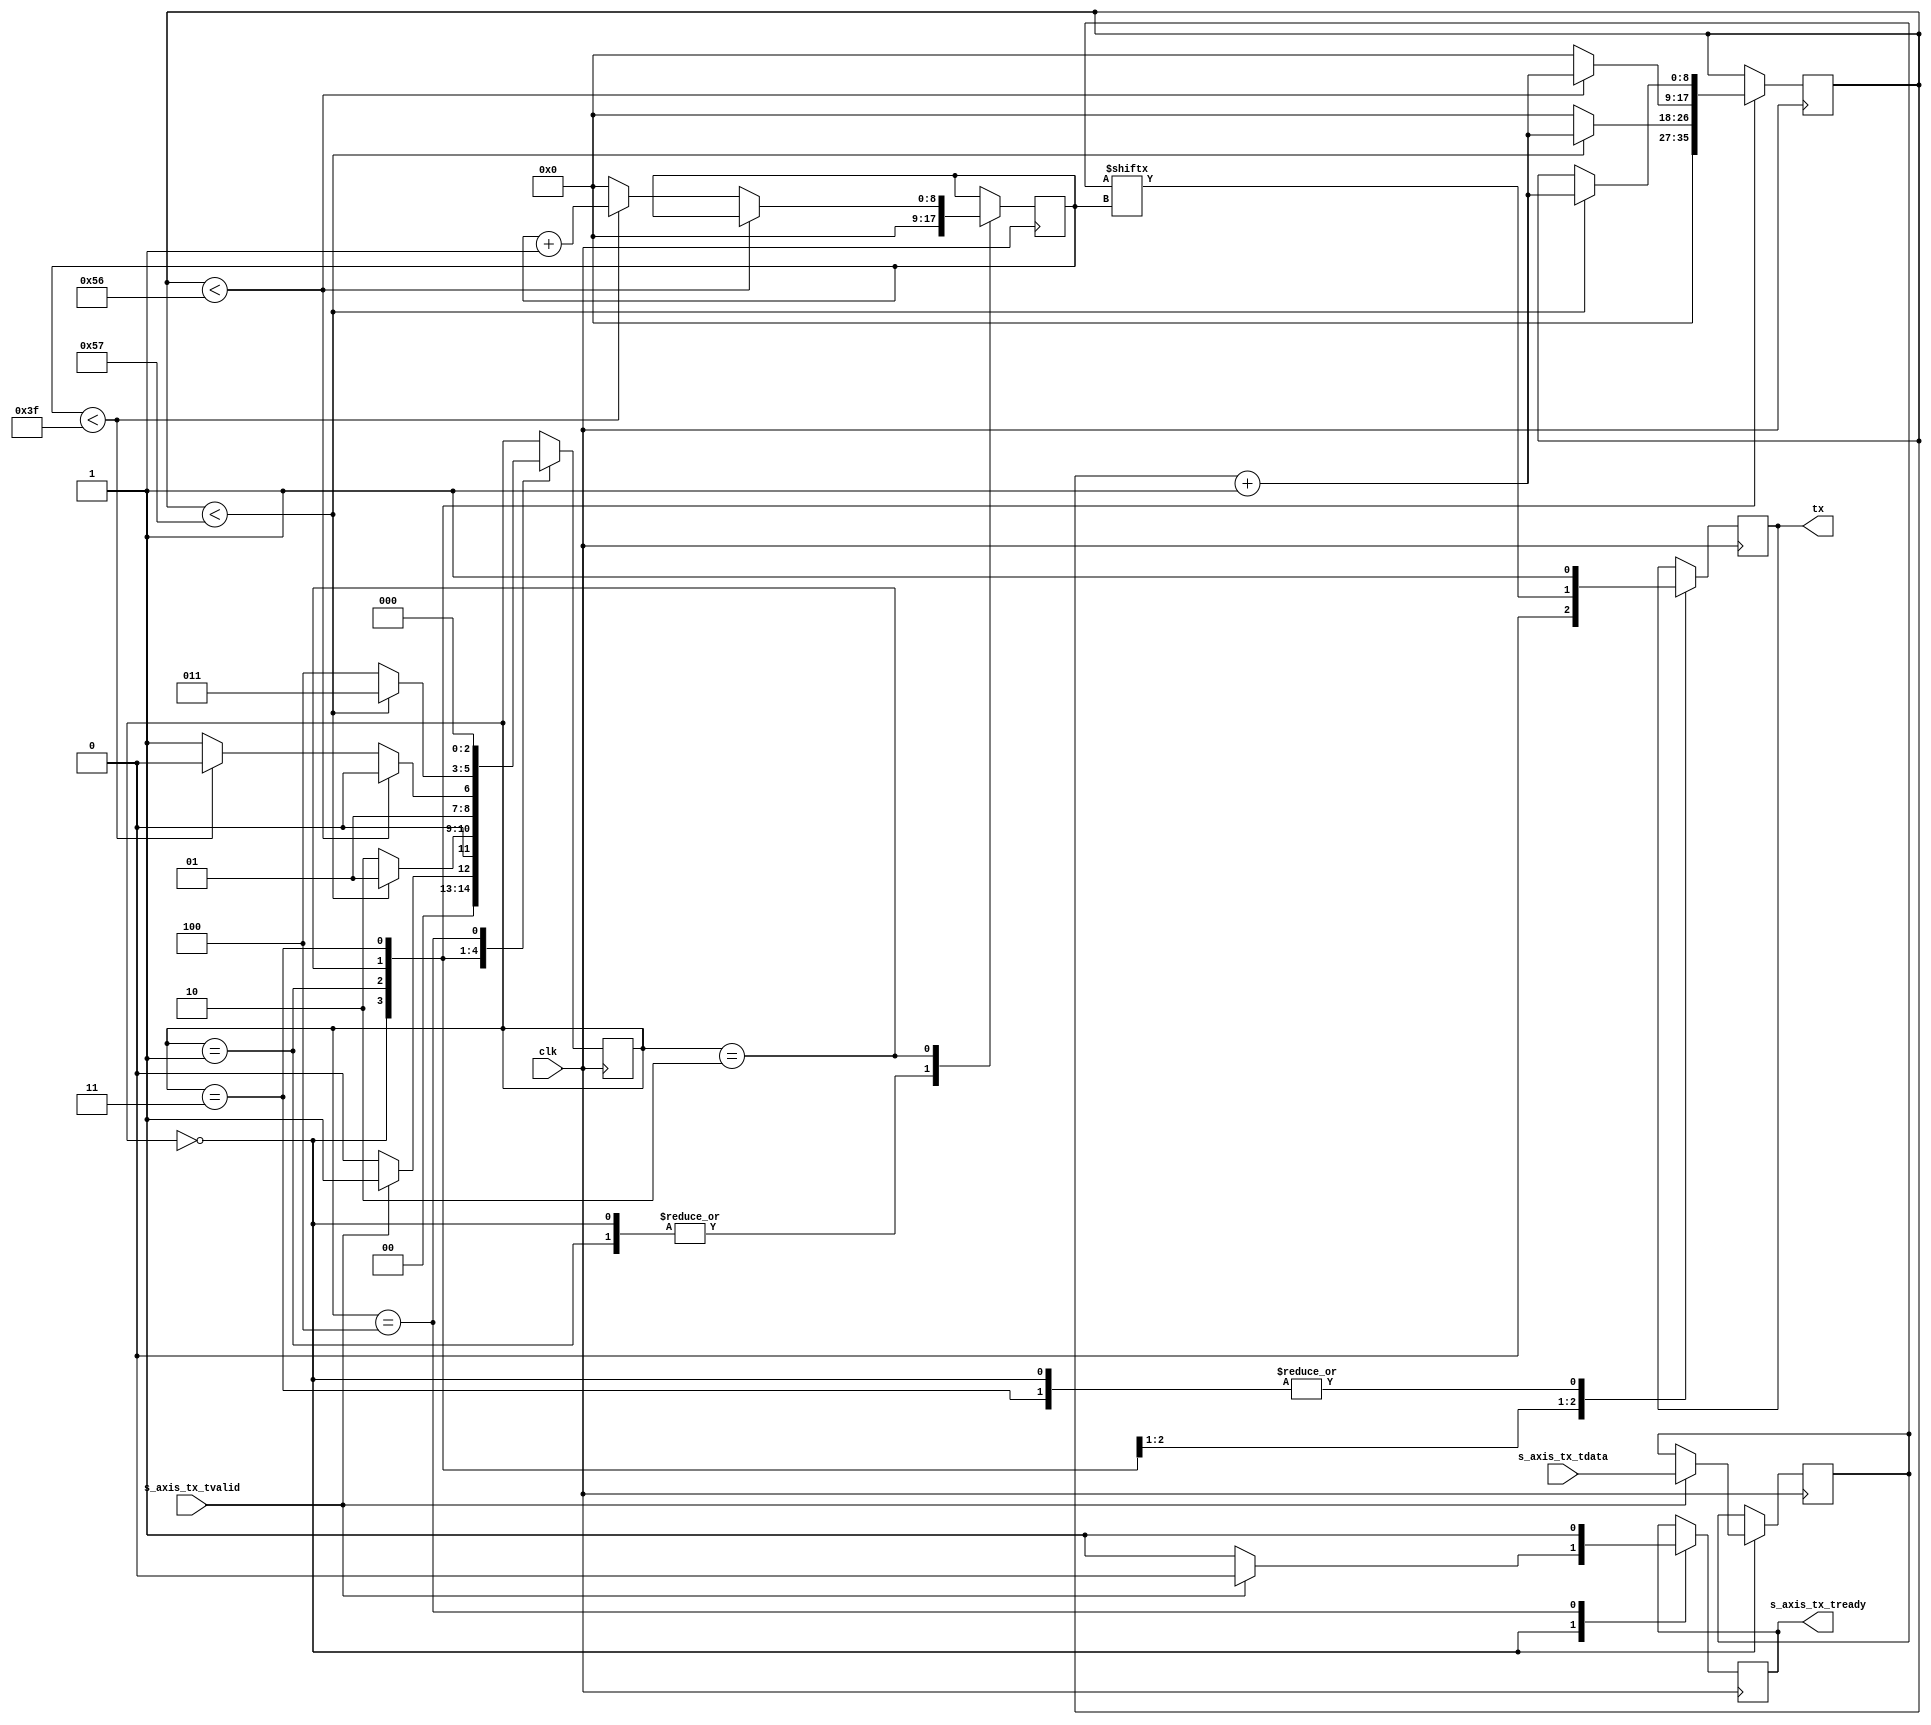
// Sahas Munamala
// Purpose: Receive Side Module for UART

// Module: uart_tx
// Purpose: UART Transmit Side Module
module uart_tx #(
    // # of clock cycles between bits on the wire
    // 10MHz -> 115200 Baud is (10000000/115200) ~= 87
    // Doesn't need to be perfect, just accurate enough to last the entire frame width
    parameter TICKS_PER_BIT=87,

    // number of bits in a single uart frame. Standard
    // is 8, but my special case requries 64 bit slices.
    parameter FRAME_WIDTH=64
)
(
    input	            clk,
    output	            tx,

    // RX AXIS Interface
    input [FRAME_WIDTH-1:0]         s_axis_tx_tdata,
    output                          s_axis_tx_tready,
    input                           s_axis_tx_tvalid
);

// UART TX State Machine States
localparam IDLE      = 3'd0;
localparam START_BIT = 3'd1;
localparam DATA_BITS = 3'd2;
localparam STOP_BIT  = 3'd3;
localparam CLEANUP   = 3'd4;

reg [2:0]                tx_state = IDLE;
reg [FRAME_WIDTH-1:0]    tx_data = 0;

reg                 tx_val = 0;
reg [8:0]           tick_count = 0;
reg [8:0]           bit_count = 0;
reg                 tx_tready = 0;

always @ ( posedge clk ) begin
    case ( tx_state )
        IDLE : begin
            tx_val     <= 1;
            bit_count  <= 0;
            tick_count <= 0;
            if ( s_axis_tx_tvalid ) begin
                tx_data   <= s_axis_tx_tdata;
                tx_tready <= 0;
                tx_state  <= START_BIT;
            end
            else begin
                tx_tready <= 1;
                tx_state  <= IDLE;
            end
        end
        
        START_BIT : begin
            tx_val <= 0;
            bit_count <= 0;
            if ( tick_count < TICKS_PER_BIT ) begin
                tick_count <= tick_count + 1;
                tx_state   <= START_BIT;
            end
            else begin
                tick_count <= 0;
                tx_state   <= DATA_BITS;
            end
        end
        
        DATA_BITS : begin
            tx_val    <= tx_data[bit_count];
            if ( tick_count < TICKS_PER_BIT - 1 ) begin
                tick_count <= tick_count + 1;
                tx_state   <= DATA_BITS;
            end
            else begin
                tick_count <= 0;
                if ( bit_count < FRAME_WIDTH-1 ) begin
                    bit_count <= bit_count + 1;
                    tx_state  <= DATA_BITS;
                end
                else begin
                    bit_count <= 0;
                    tx_state  <= STOP_BIT;
                end
            end
        end
        
        STOP_BIT : begin
            tx_val <= 1;
            if ( tick_count < TICKS_PER_BIT ) begin
                tick_count <= tick_count+1;
                tx_state   <= STOP_BIT;
            end
            else begin
                tx_state <= CLEANUP;
            end
        end
        
        CLEANUP : begin
            tx_tready <= 1;
            tx_state  <= IDLE;
        end
    endcase
end

assign tx               = tx_val;
assign s_axis_tx_tready = tx_tready;

endmodule